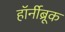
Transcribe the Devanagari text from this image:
हॉर्नीब्रूक